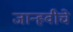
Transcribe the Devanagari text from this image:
जान्हवीचे